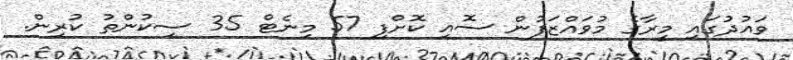
ވައުދުގައި މީރާގެ މުވައްޒަފުން ސޮއި ކޮށްފި 57 މިނެޓް 35 ސިކުންތު ކުރިން.